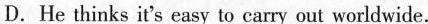
D. He thinks it’s easy to carry out woldwide.